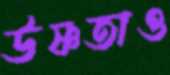
উষ্ণতাও